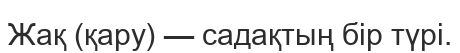
Жақ (қару) — садақтың бір түрі.